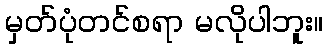
မှတ်ပုံတင်စရာ မလိုပါဘူး။